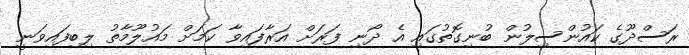
ރަސްދޫގެ ކައުންސިލުން ބުނިގޮތުގައި އެ ދޯނި ފަރަށް އަރާފައިވާ ކަމަށް މައުލޫމާތު ލިބިފައިވަނީ